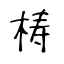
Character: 梼